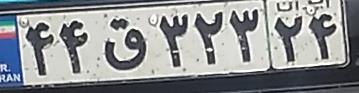
۴۴ق۳۲۳۲۴